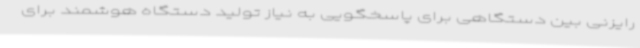
رایزنی بین دستگاهی برای پاسخگویی به نیاز تولید دستگاه هوشمند برای